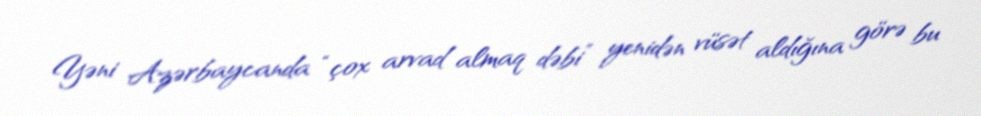
Yəni Azərbaycanda “çox arvad almaq dəbi” yenidən vüsət aldığına görə bu